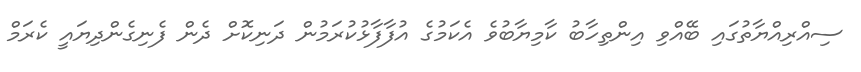
ސިއްރިއްޔާތުގައި ބޭއްވި އިންތިހާބު ކާމިޔާބުވެ އެކަމުގެ އުފާފާޅުކުރަމުން ދަނިކޮށް ދެން ފެނިގެންދިޔައީ ކެރަމް